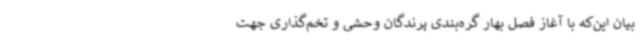
بیان این‌که با آغاز فصل بهار گره‌بندی پرندگان وحشی و تخم‌گذاری جهت